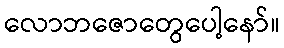
လောဘဇောတွေပေါ့နော်။